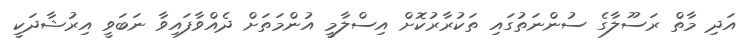
އަދި މާތް ރަސޫލާގެ ސުންނަތުގައި ތަކުރާރުކޮށް އިސްލާމީ އުންމަތަށް ދެއްވާފައިވާ ނަބަވީ އިރުޝާދަކީ